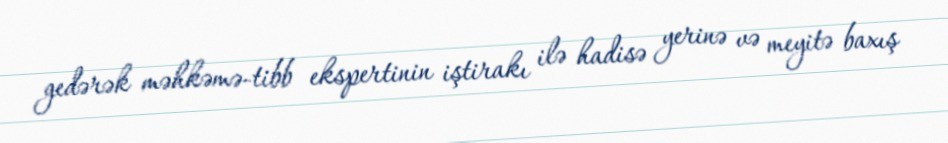
gedərək məhkəmə-tibb ekspertinin iştirakı ilə hadisə yerinə və meyitə baxış